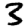
Digit: 3